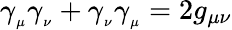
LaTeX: \gamma_{_\mu}\gamma_{_\nu}+\gamma_{_\nu}\gamma_{_\mu}=2g_{\mu\nu}